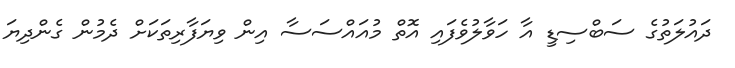
ދައުލަތުގެ ސަބްސިޑީ އާ ހަވާލުވެފައި އޮތް މުއައްސަސާ އިން ވިޔަފާރިތަކަށް ދެމުން ގެންދިޔަ